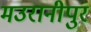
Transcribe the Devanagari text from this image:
मउरानीपुर